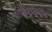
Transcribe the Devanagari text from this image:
चित्विलासवाद